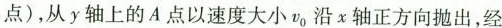
点)，从y轴上的A点以速度大小v_{0}沿χ轴正方向抛出，经